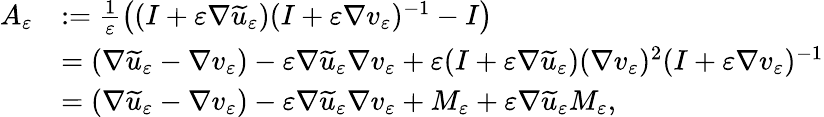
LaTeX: \begin{array}{rl}{A_{\varepsilon}}&{:=\frac{1}{\varepsilon}\left((I+\varepsilon\nabla\widetilde{u}_{\varepsilon})(I+\varepsilon\nabla v_{\varepsilon})^{-1}-I\right)}\\ &{=(\nabla\widetilde{u}_{\varepsilon}-\nabla v_{\varepsilon})-\varepsilon\nabla\widetilde{u}_{\varepsilon}\nabla v_{\varepsilon}+\varepsilon(I+\varepsilon\nabla\widetilde{u}_{\varepsilon})(\nabla v_{\varepsilon})^{2}(I+\varepsilon\nabla v_{\varepsilon})^{-1}}\\ &{=(\nabla\widetilde{u}_{\varepsilon}-\nabla v_{\varepsilon})-\varepsilon\nabla\widetilde{u}_{\varepsilon}\nabla v_{\varepsilon}+M_{\varepsilon}+\varepsilon\nabla\widetilde{u}_{\varepsilon}M_{\varepsilon},}\end{array}